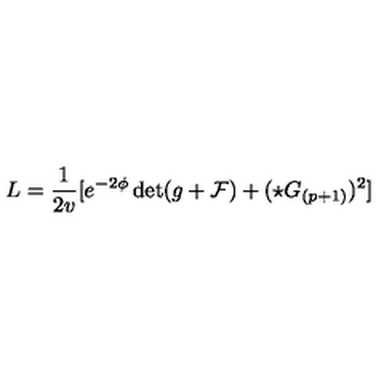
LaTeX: L = { \frac { 1 } { 2 v } } [ e ^ { - 2 \phi } \det ( g + { \cal F } ) + ( \star G _ { ( p + 1 ) } ) ^ { 2 } ]